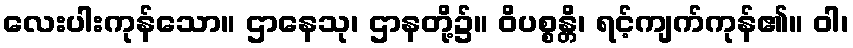
လေးပါးကုန်သော။ ဌာနေသု၊ ဌာနတို့၌။ ဝိပစ္စန္တိ၊ ရင့်ကျက်ကုန်၏။ ဝါ၊